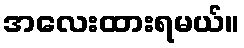
အလေးထားရမယ်။